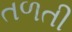
તળતી